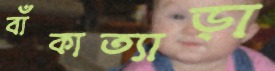
বাঁকাত্যাড়া